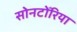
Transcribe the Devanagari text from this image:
सोनटोँरिया